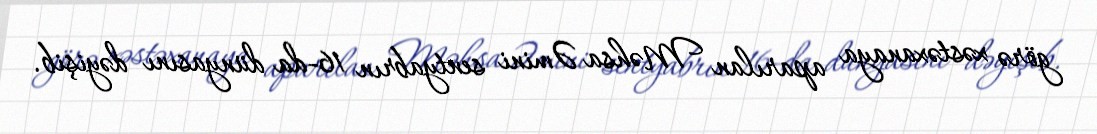
görə xəstəxanaya aparılan Məhsa Əmini sentyabrın 16-da dünyasını dəyişib.